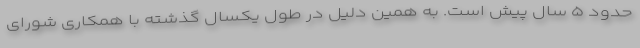
حدود ۵ سال پیش است. به همین دلیل در طول یکسال گذشته با همکاری شورای